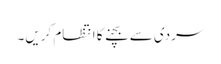
سردی سے بچنے کا انتظام کریں۔